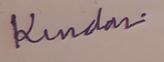
Signature authenticity: genuine